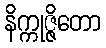
နိက္ကုဇ္ဇိတော